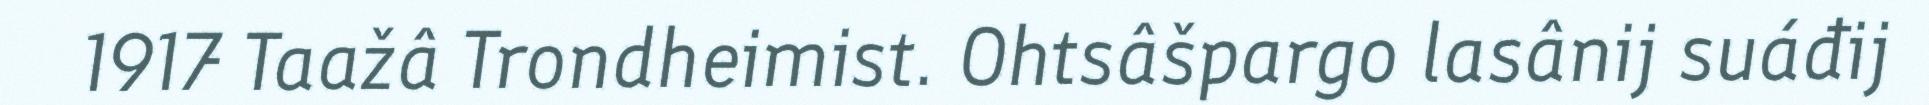
1917 Taažâ Trondheimist. Ohtsâšpargo lasânij suáđij